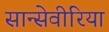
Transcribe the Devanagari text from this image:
सान्सेवीरिया